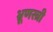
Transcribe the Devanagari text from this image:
भ्रूणस्त्री